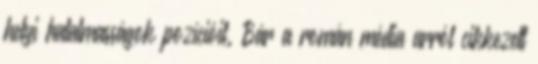
helyi hatalmasságok pozícióit. Bár a román média arról cikkezett